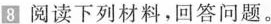
8 阅读下列材料，回答问题。